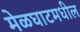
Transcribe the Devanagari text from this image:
मेळघाटमधील